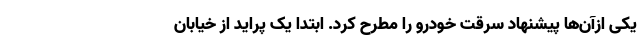
یکی ازآن‌ها پیشنهاد سرقت خودرو را مطرح کرد. ابتدا یک پراید از خیابان